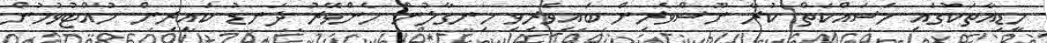
މީޑިއާތަކުގައި މަސައްކަތް ކުރާ ނޫސްވެރިން ބައިވެރިވި ހިނގާލުން ހެންވޭރު ދަނޑު ކައިރިން ހުއްޓުވުމުން